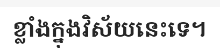
ខ្លាំងក្នុងវិស័យនេះទេ។